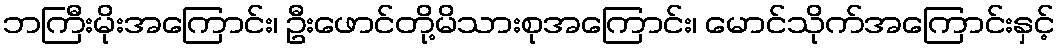
ဘကြီးမိုးအကြောင်း၊ ဦးဖောင်တို့မိသားစုအကြောင်း၊ မောင်သိုက်အကြောင်းနှင့်